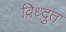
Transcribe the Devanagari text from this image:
विध्दुत